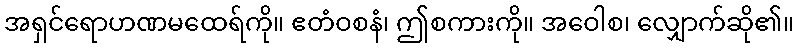
အရှင်ရောဟဏမထေရ်ကို။ ဧတံဝစနံ၊ ဤစကားကို။ အဝေါစ၊ လျှောက်ဆို၏။